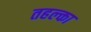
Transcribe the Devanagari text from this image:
तहल्‍का